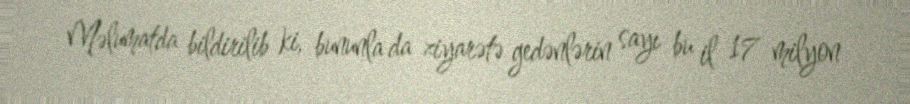
Məlumatda bildirilib ki, bununla da ziyarətə gedənlərin sayı bu il 17 milyon